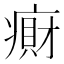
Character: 𫞭